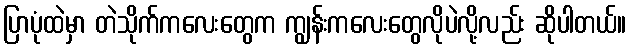
ပြာပုံထဲမှာ တဲသိုက်ကလေးတွေက ကျွန်းကလေးတွေလိုပဲလို့လည်း ဆိုပါတယ်။